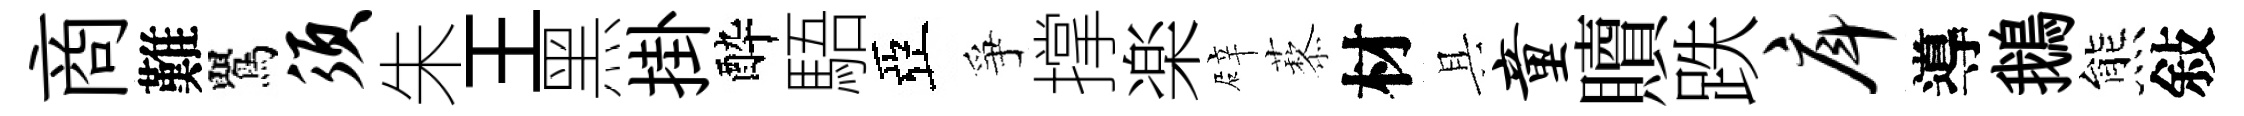
商難鸎须朱王黑掛酔䮏亞爭撑楽辟藜材具童贖跌戽導鵝熊敍